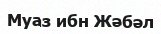
Муаз ибн Жәбәл